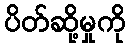
ပိတ်ဆို့မှုကို